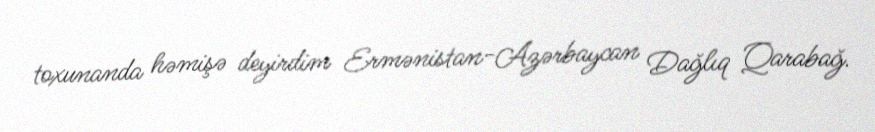
toxunanda həmişə deyirdim Ermənistan-Azərbaycan Dağlıq Qarabağ.